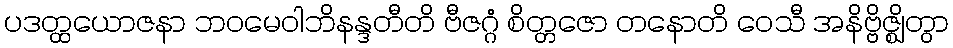
ပဒတ္ထယောဇနာ ဘဝမေဝါဘိနန္ဒတီတိ ဗီဇဂ္ဂံ စိတ္တဇော တနောတိ ဝေသီ အနိဗ္ဗိဇ္ဈိတွာ